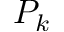
P _ { k }